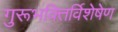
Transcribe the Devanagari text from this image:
गुरूभक्तिर्विशेषेण